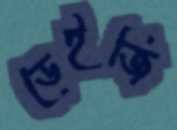
ডেইজি